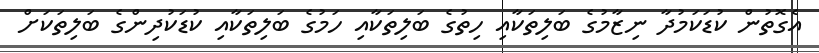
އެގޮތުން ކުޑަކަމުދާ ނިޒާމުގެ ބަލިތަކާއި ހިތުގެ ބަލިތަކާއި ހަމުގެ ބަލިތަކާއި ކުޑަކުދިންގެ ބަލިތަކަށް